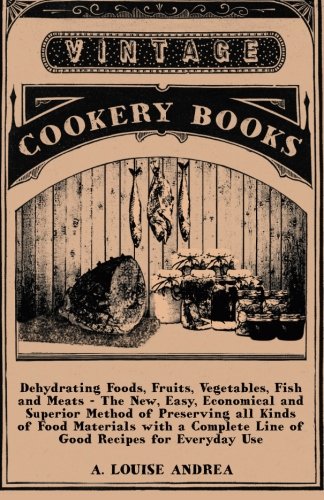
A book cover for Dehydrating Foods, Fruits, Vegetables, Fish and Meats - The New, Easy, Economical and Superior Method of Preserving all Kinds of Food Materials with a Complete Line of Good Recipes for Everyday Use; A. Louise Andrea; Cookbooks, Food & Wine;